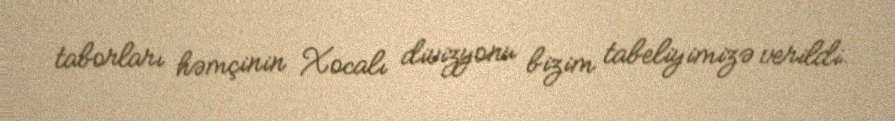
taborları həmçinin Xocalı divizyonu bizim tabeliyimizə verildi.